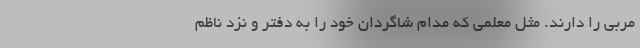
مربی را دارند. مثل معلمی که مدام شاگردان خود را به دفتر و نزد ناظم